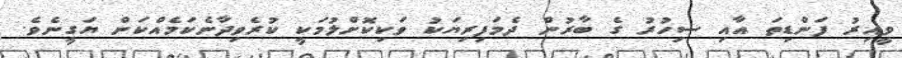
ވީއިރު ފަންޑިތަ އާއި ސިހުރު ގެ ބާރުން ދެމަފިރިޔަކު ވަކިކޮށްލުމަކީ ކުރެވިދާނެކަމެއްކަން ޔަގީނެވެ.